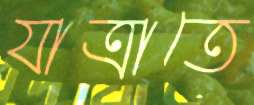
যাত্রাতে